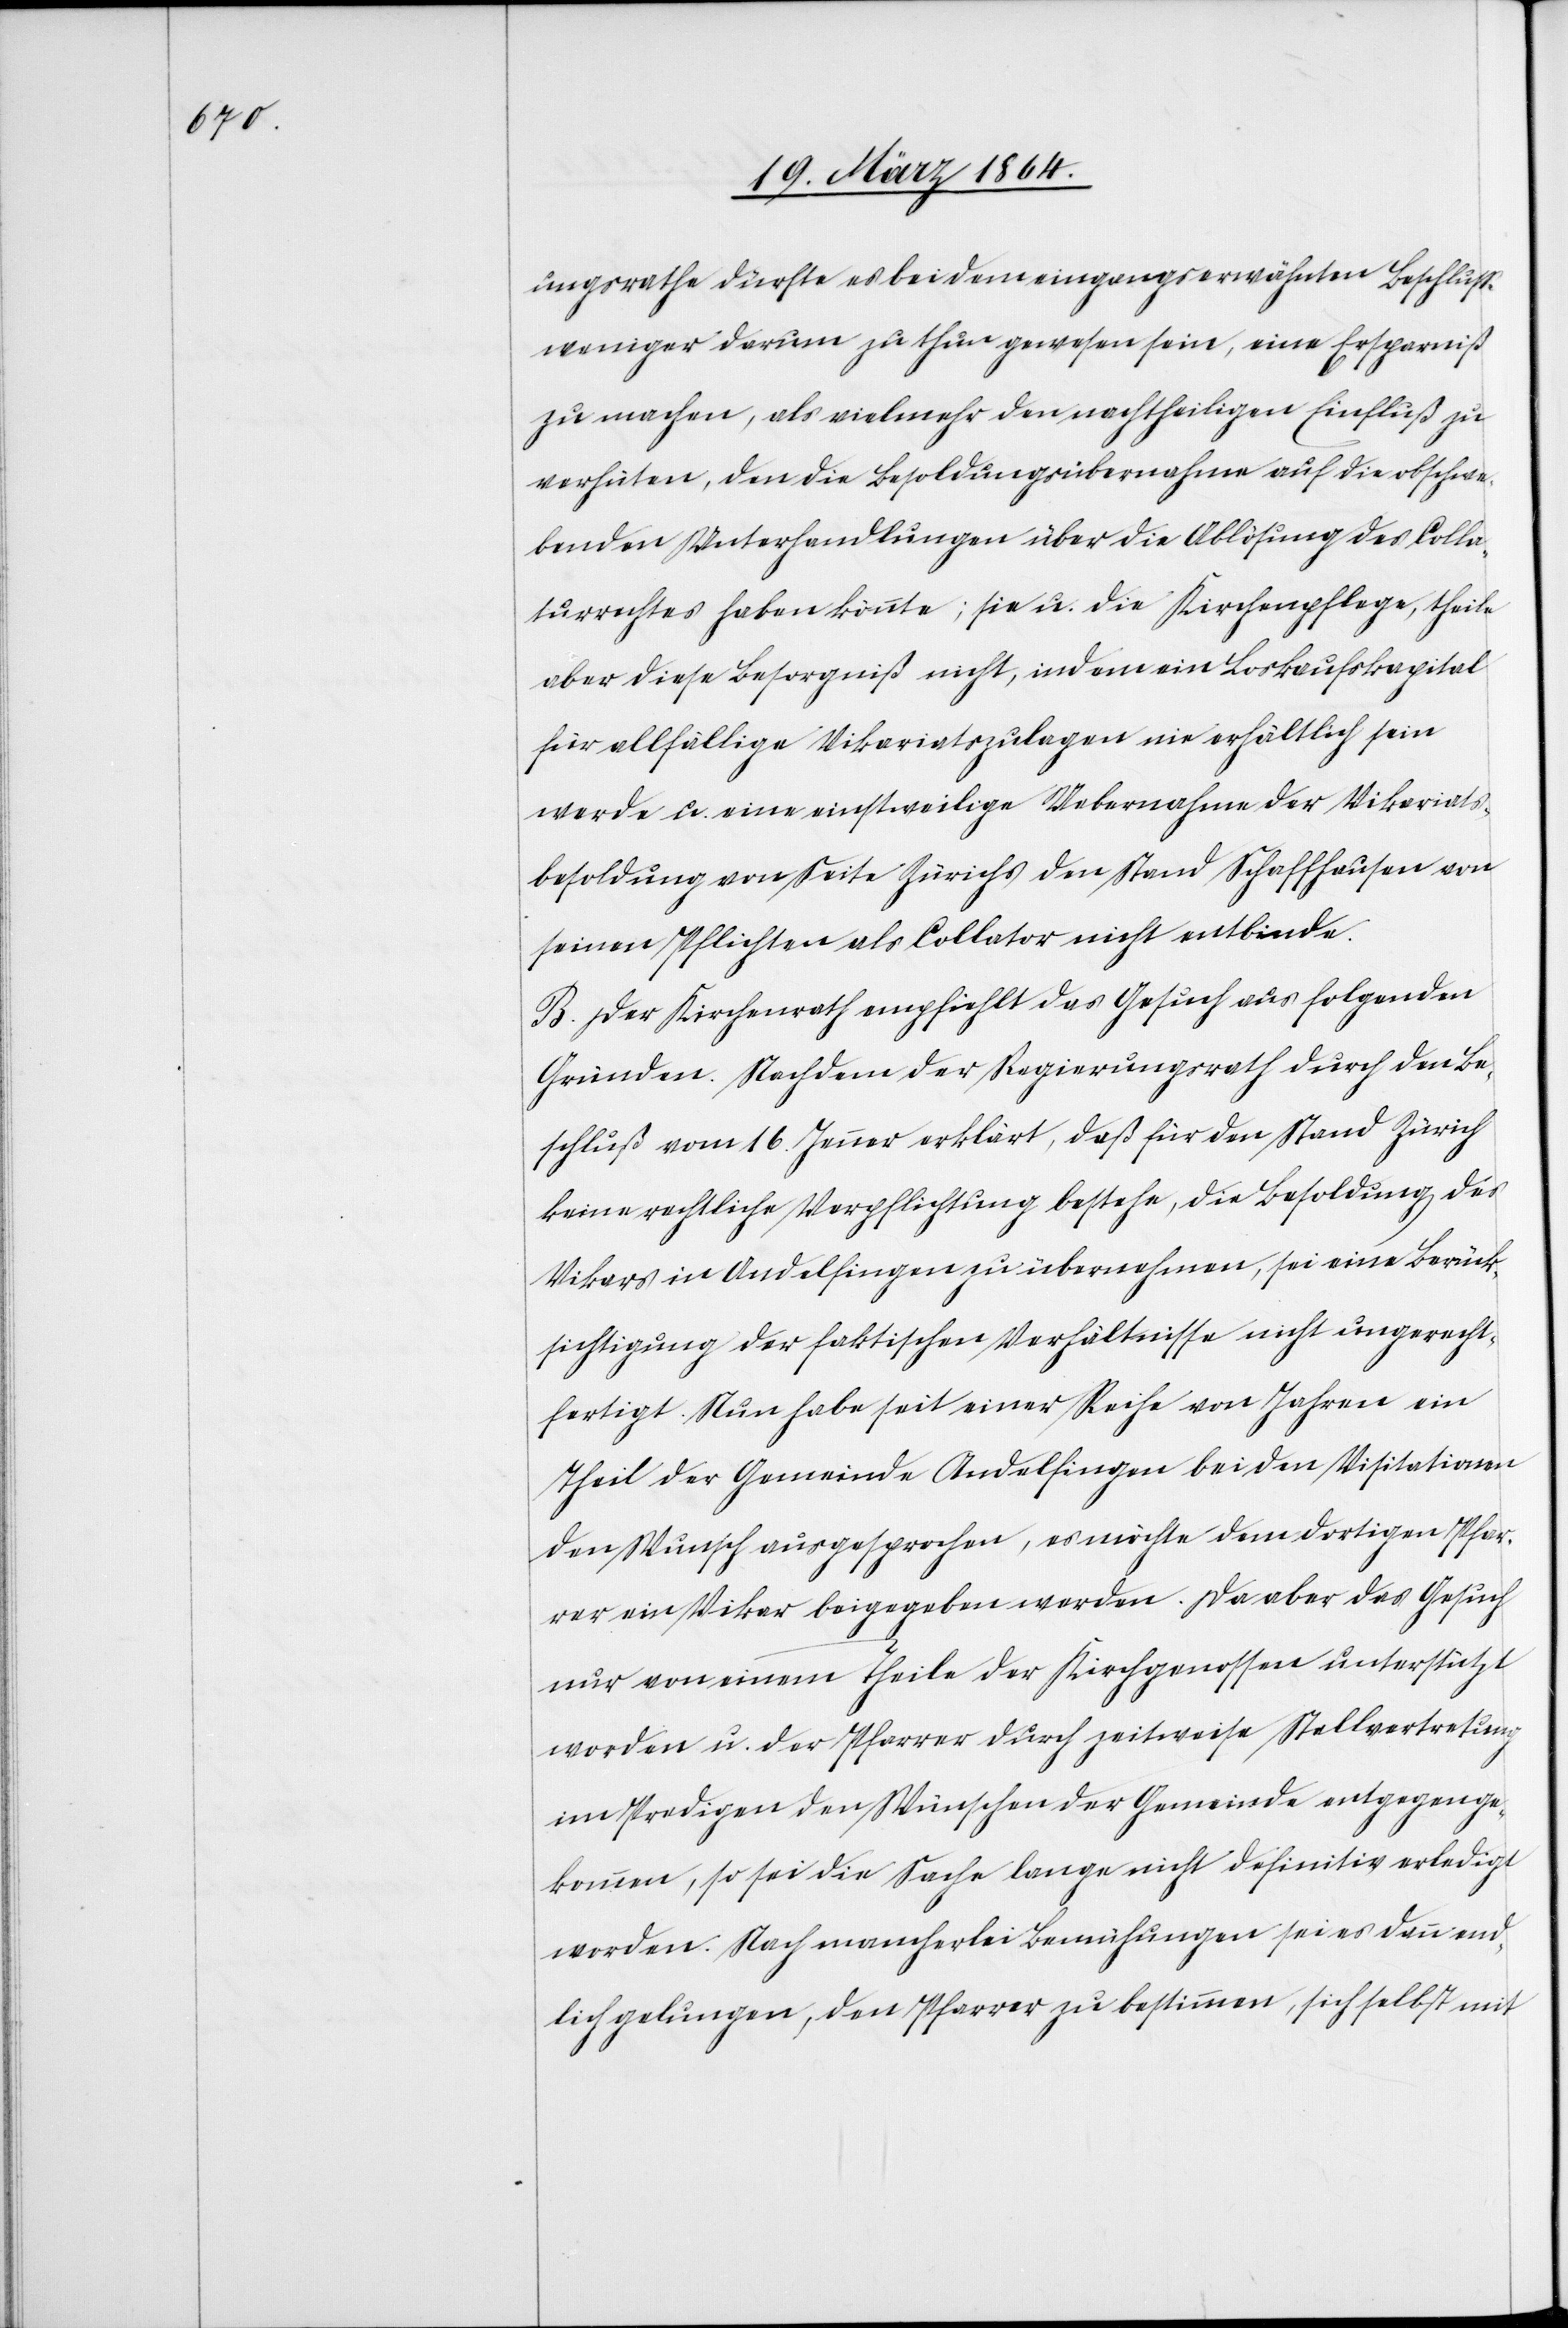
ungsrathe dürfte es bei dem eingangserwähnten Beschlusse
weniger darum zu thun gewesen sein, eine Ersparniß
zu machen, als vielmehr den nachtheiligen Einfluß zu
verhüten, den die Besoldungsübernahme auf die obschwe¬
benden Unterhandlungen über die Ablösung des Colla¬
turrechtes haben könnte; sie u. die Kirchenpflege, theile
aber diese Besorgnis nicht, indem ein Loskaufskapital
für allfällige Vikariatszulagen nie erhältlich sein
werde u. eine einstweilige Uebernahme der Vikariats¬
besoldung von Seite Zürichs den Stand Schaffhausen von
seinen Pflichten als Collator nicht entbinde.
B. Der Kirchenrath empfiehlt das Gesuch aus folgenden
Gründen. Nachdem der Regierungsrath durch den Be¬
schluß vom 16. Jenner erklärt, daß für den Stand Zürich
keine rechtliche Verpflichtung bestehe, die Besoldung des
Vikars in Andelfingen zu übernehmen, sei eine Berück¬
sichtigung der faktischen Verhältnisse nicht ungerecht¬
fertigt. Nun habe seit einer Reihe von Jahren ein
Theil der Gemeinde Andelfingen bei den Visitationen
den Wunsch ausgesprochen, es möchte dem dortigen Pfar¬
rer ein Vikar beigegeben werden. Da aber das Gesuch
nur von einem Theile der Kirchgenossen unterstützt
worden u. der Pfarrer durch zeitweise Stellvertretung
im Predigen den Wünschen der Gemeinde entgegenge¬
kommen, so sei die Sache lange nicht definitiv erledigt
worden. Nach mancherlei Bemühungen sei es dann end¬
lich gelungen, den Pfarrer zu bestimmen, sich selbst mit